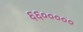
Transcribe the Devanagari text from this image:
६६०००००